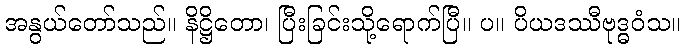
အနွယ်တော်သည်။ နိဋ္ဌိတော၊ ပြီးခြင်းသို့ရောက်ပြီ။ ပ။ ပိယဒဿီဗုဒ္ဓဝံသ။